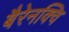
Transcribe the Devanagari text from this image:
बैरेनक्वि